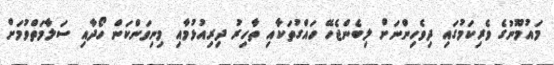
މައުމޫނުގެ ވެރިކަމުގައި ދިވެހިންނަށް ލިބެންޖެހޭ ހައްގުތަކާއި ތާހިރު ދިރިއުޅުމާއި މިނިވަންކަން ހޯދާއި ސަލާމަތްވުމަށް